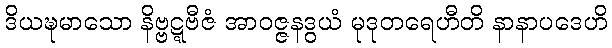
ဒိယဍ္ဎမာသော နိဗ္ဗဋ္ဋဗီဇံ အာဝဇ္ဇနဒွယံ မုဒုတရေဟီတိ နာနာပဒေဟိ